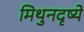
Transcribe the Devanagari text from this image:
मिथुनदृष्ये